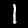
Label: 1